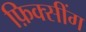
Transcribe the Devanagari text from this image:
फ़िक्सींग